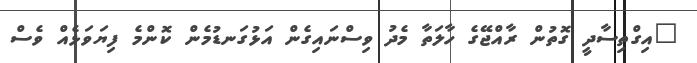
"އިގްތިސާދީ ގޮތުން ރާއްޖޭގެ ހާލަތާ މެދު ވިސްނައިގެން އަޅުގަނޑުމެން ކޮންމެ ފިޔަވަޅެއް ވެސް